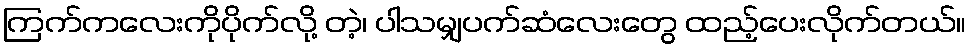
ကြက်ကလေးကိုပိုက်လို့ တဲ့၊ ပါသမျှပက်ဆံလေးတွေ ထည့်ပေးလိုက်တယ်။